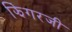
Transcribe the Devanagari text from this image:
झिंगरजी